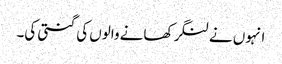
انہوں نے لنگر کھانے والوں کی گنتی کی۔